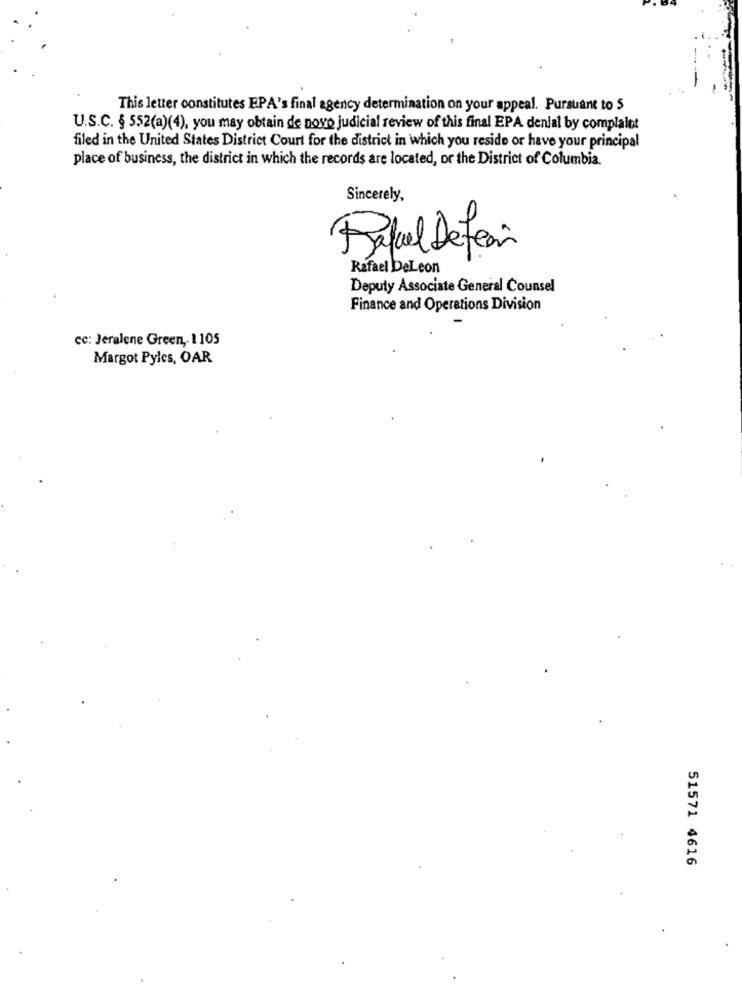
This letter constitutes EPA's final agency determination on your appeal. Pursuant to 5
U.S.C. § 552(a)(4), you may obtain de novo judicial review of this final EPA denial by complaint
filed in the United States District Court for the district in which you reside or have your principal
place of business, the district in which the records are located, or the District of Columbia.
Sincerely,
Rafael Defear
Rafael DeLeon
Deputy Associate General Counsel
Finance and Operations Division
cc: Jeralene Green ,. 1105
Margot Pyles, OAR
51571 4616